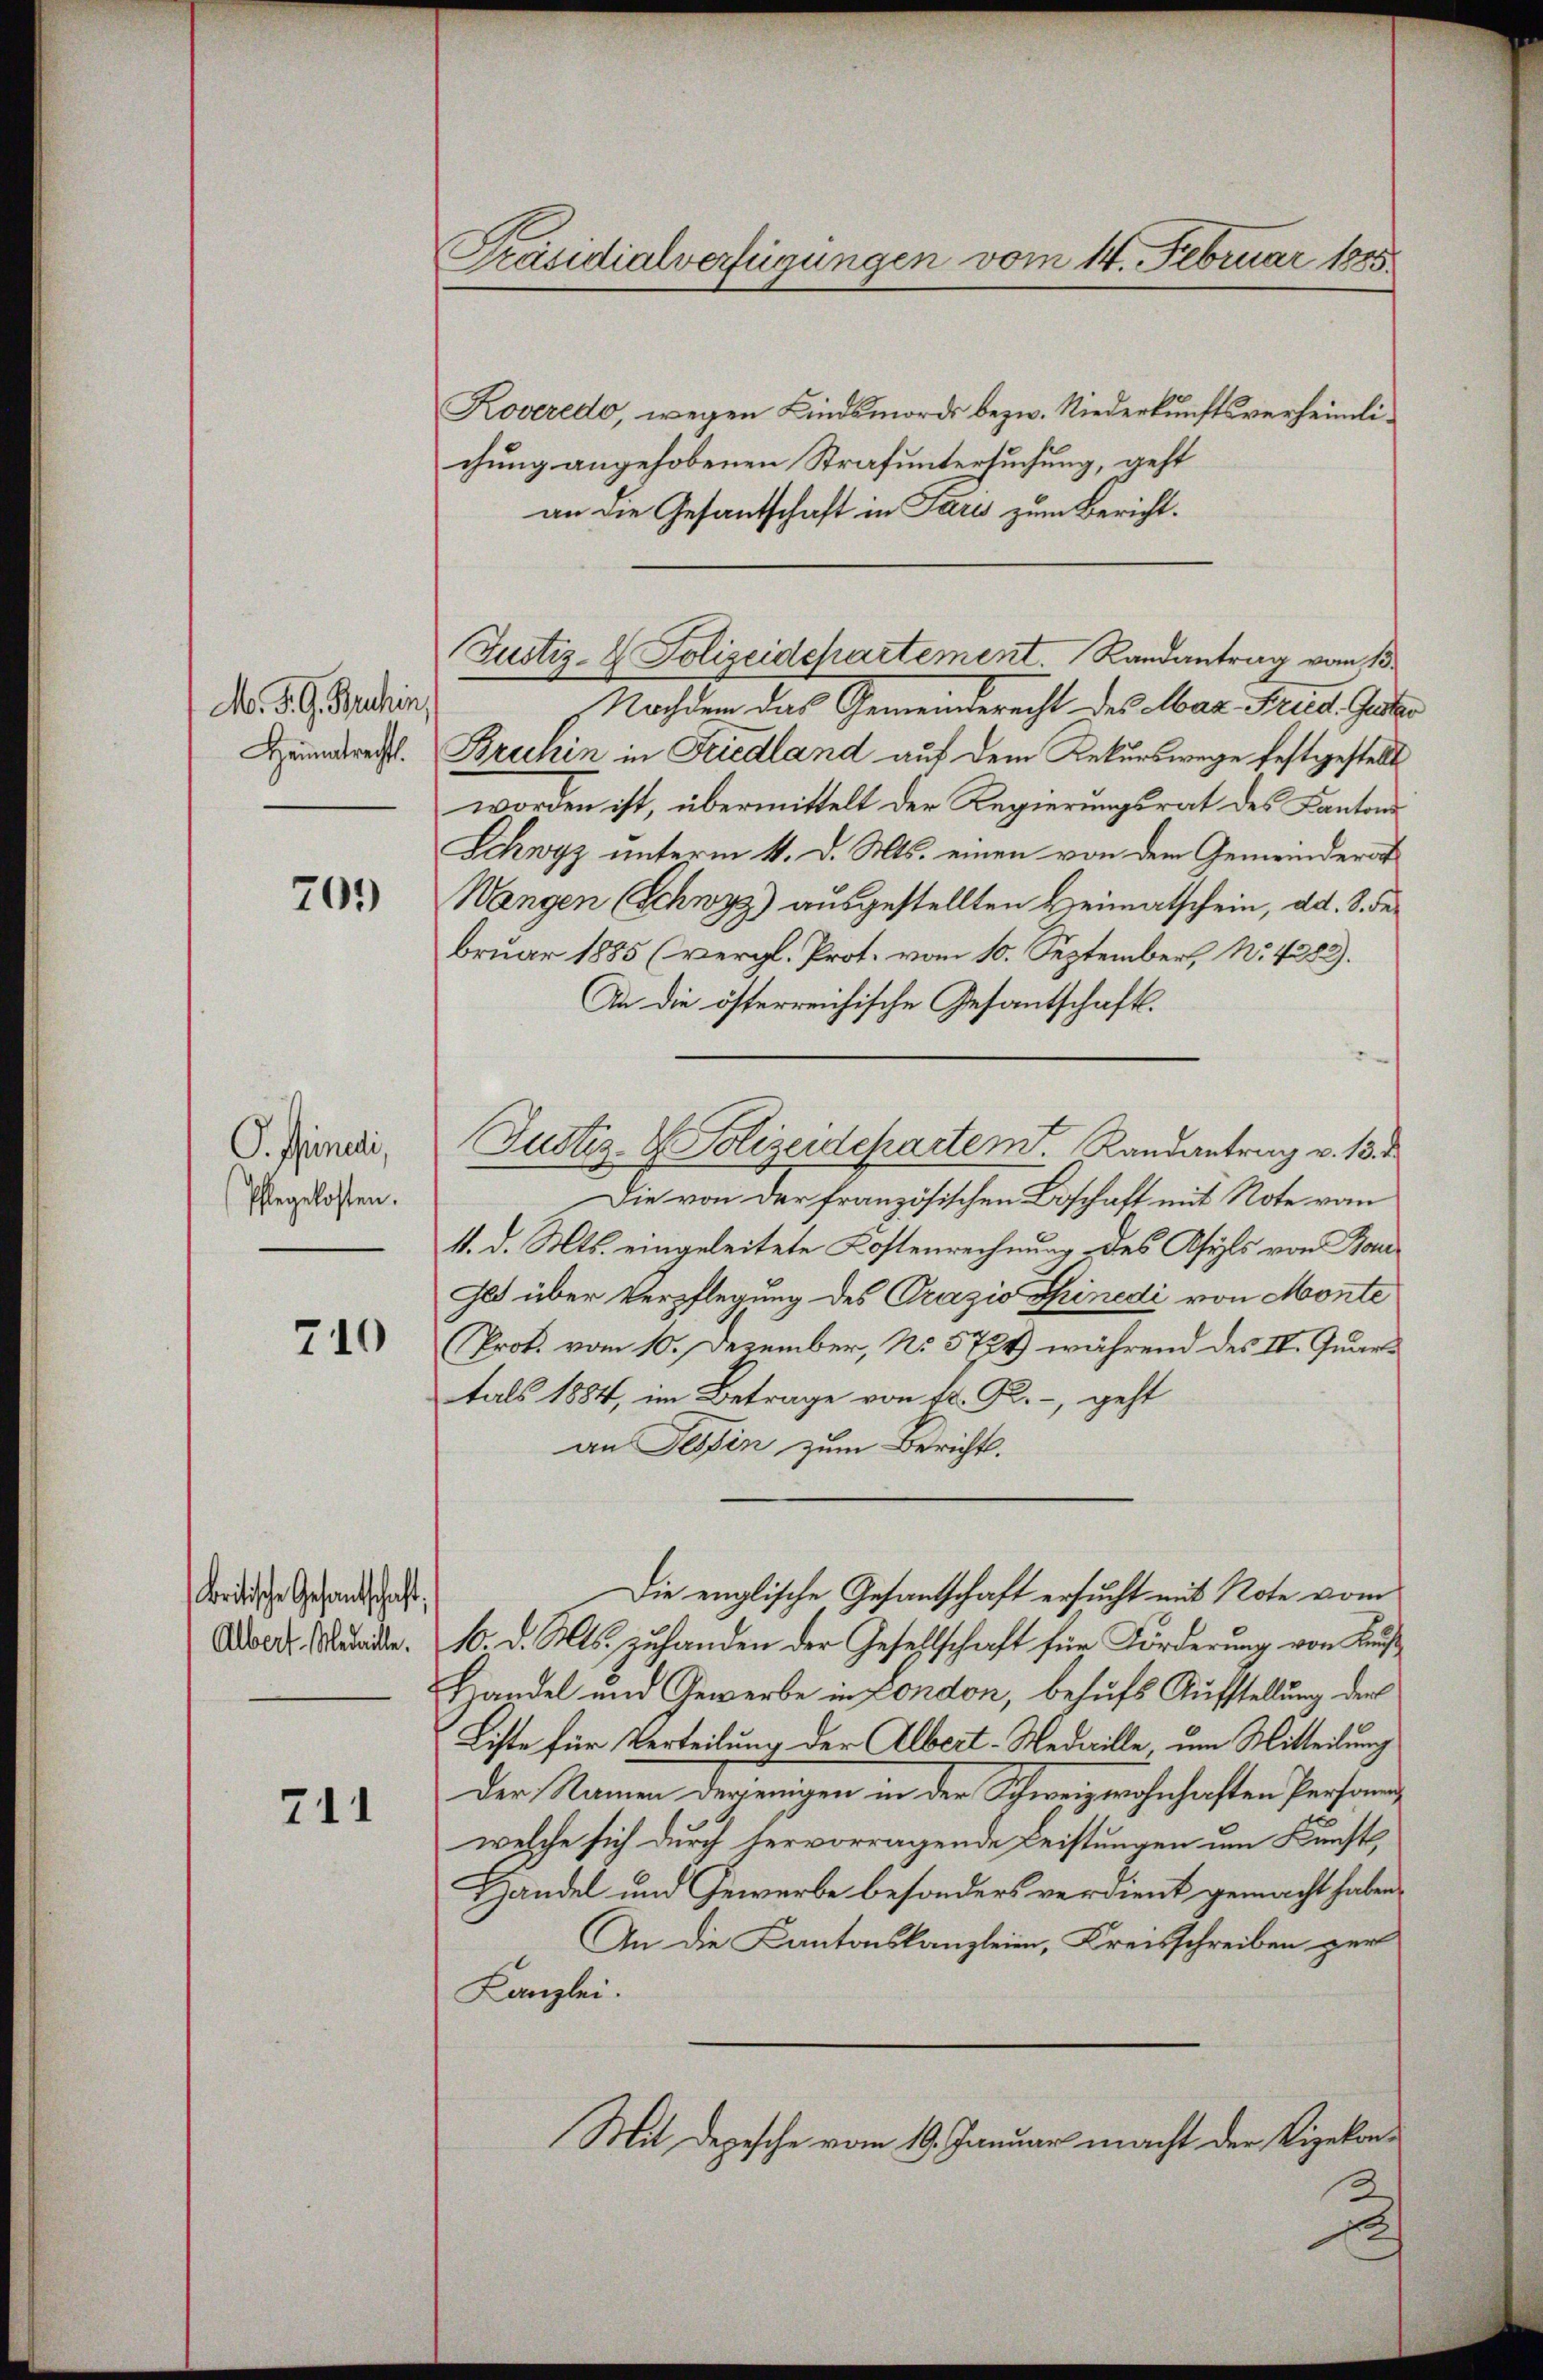
M. P. G. Buchin,
Heimatrecht.

701)

P. findi,
Phlegelosten.

710

kritische Gesandtschaft,
Albert. Medaille.

711

Präsidialverfügungen vom 14. Februar 1885.

Koveredo, wegen Kindsmords bezw. Niederkunftsverheimlichung angehobenen Strafuntersuchung, geht
an die Gesantschaft in Paris zum Bericht.
Nachdem das Gemeinderecht des Max Fried. Gester
Bruhin in Friedland auf dem Rekurswege festgestellt
worden ist, übermittelt der Regierungsrat des Kantons
Schwyz unterm 4. d. Mts. einen von dem Gemeinderat
Wangen (Schwyz) ausgestellten Heimatschein, ad. 8. de
bruar 1885 (vergl. Prot. vom 10. September, No. 4382).
An die österreichische Gesantschaft.
Die von der französischen Beschaft mit Note vom
4. d. Mts. eingeleitete Kostenrechnung des Asyls von Bau¬
Jes über Verpflegung des Prazio Shinedi von Monte
Prot. vom 10. Dezember, No 5724) während des II. Quartals 1884, im Betrage von fr. G., geht
an Tessin zum Berichts.
Die englische Gesantschaft ersucht mit Note vom
10. d. Mts. zuhanden der Gesellschaft für Förderung von Kuß¬
Handel und Gewerbe in London, behufs Aufstellung der
Liste für Verteilung der Albert-Medaille, um Mitteilung
Der Namen derjenigen in der Schweigewohnhaften Person
welche sich durch hervorragende Leistungen um Kunst
Handel und Gewerbe besonders verdient gemacht haben.
An die Kantonskanzleien, Kreisschreiben per
Kanzlei.
Mit Depesche vom 19. Januar macht der Vizekon-
E

Justiz- & Polizeidepartement. Randantrag vom 13.

Justiz- & Polizeidepartem Randantrag v. 13. d